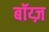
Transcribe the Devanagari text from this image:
बॉय्ज़